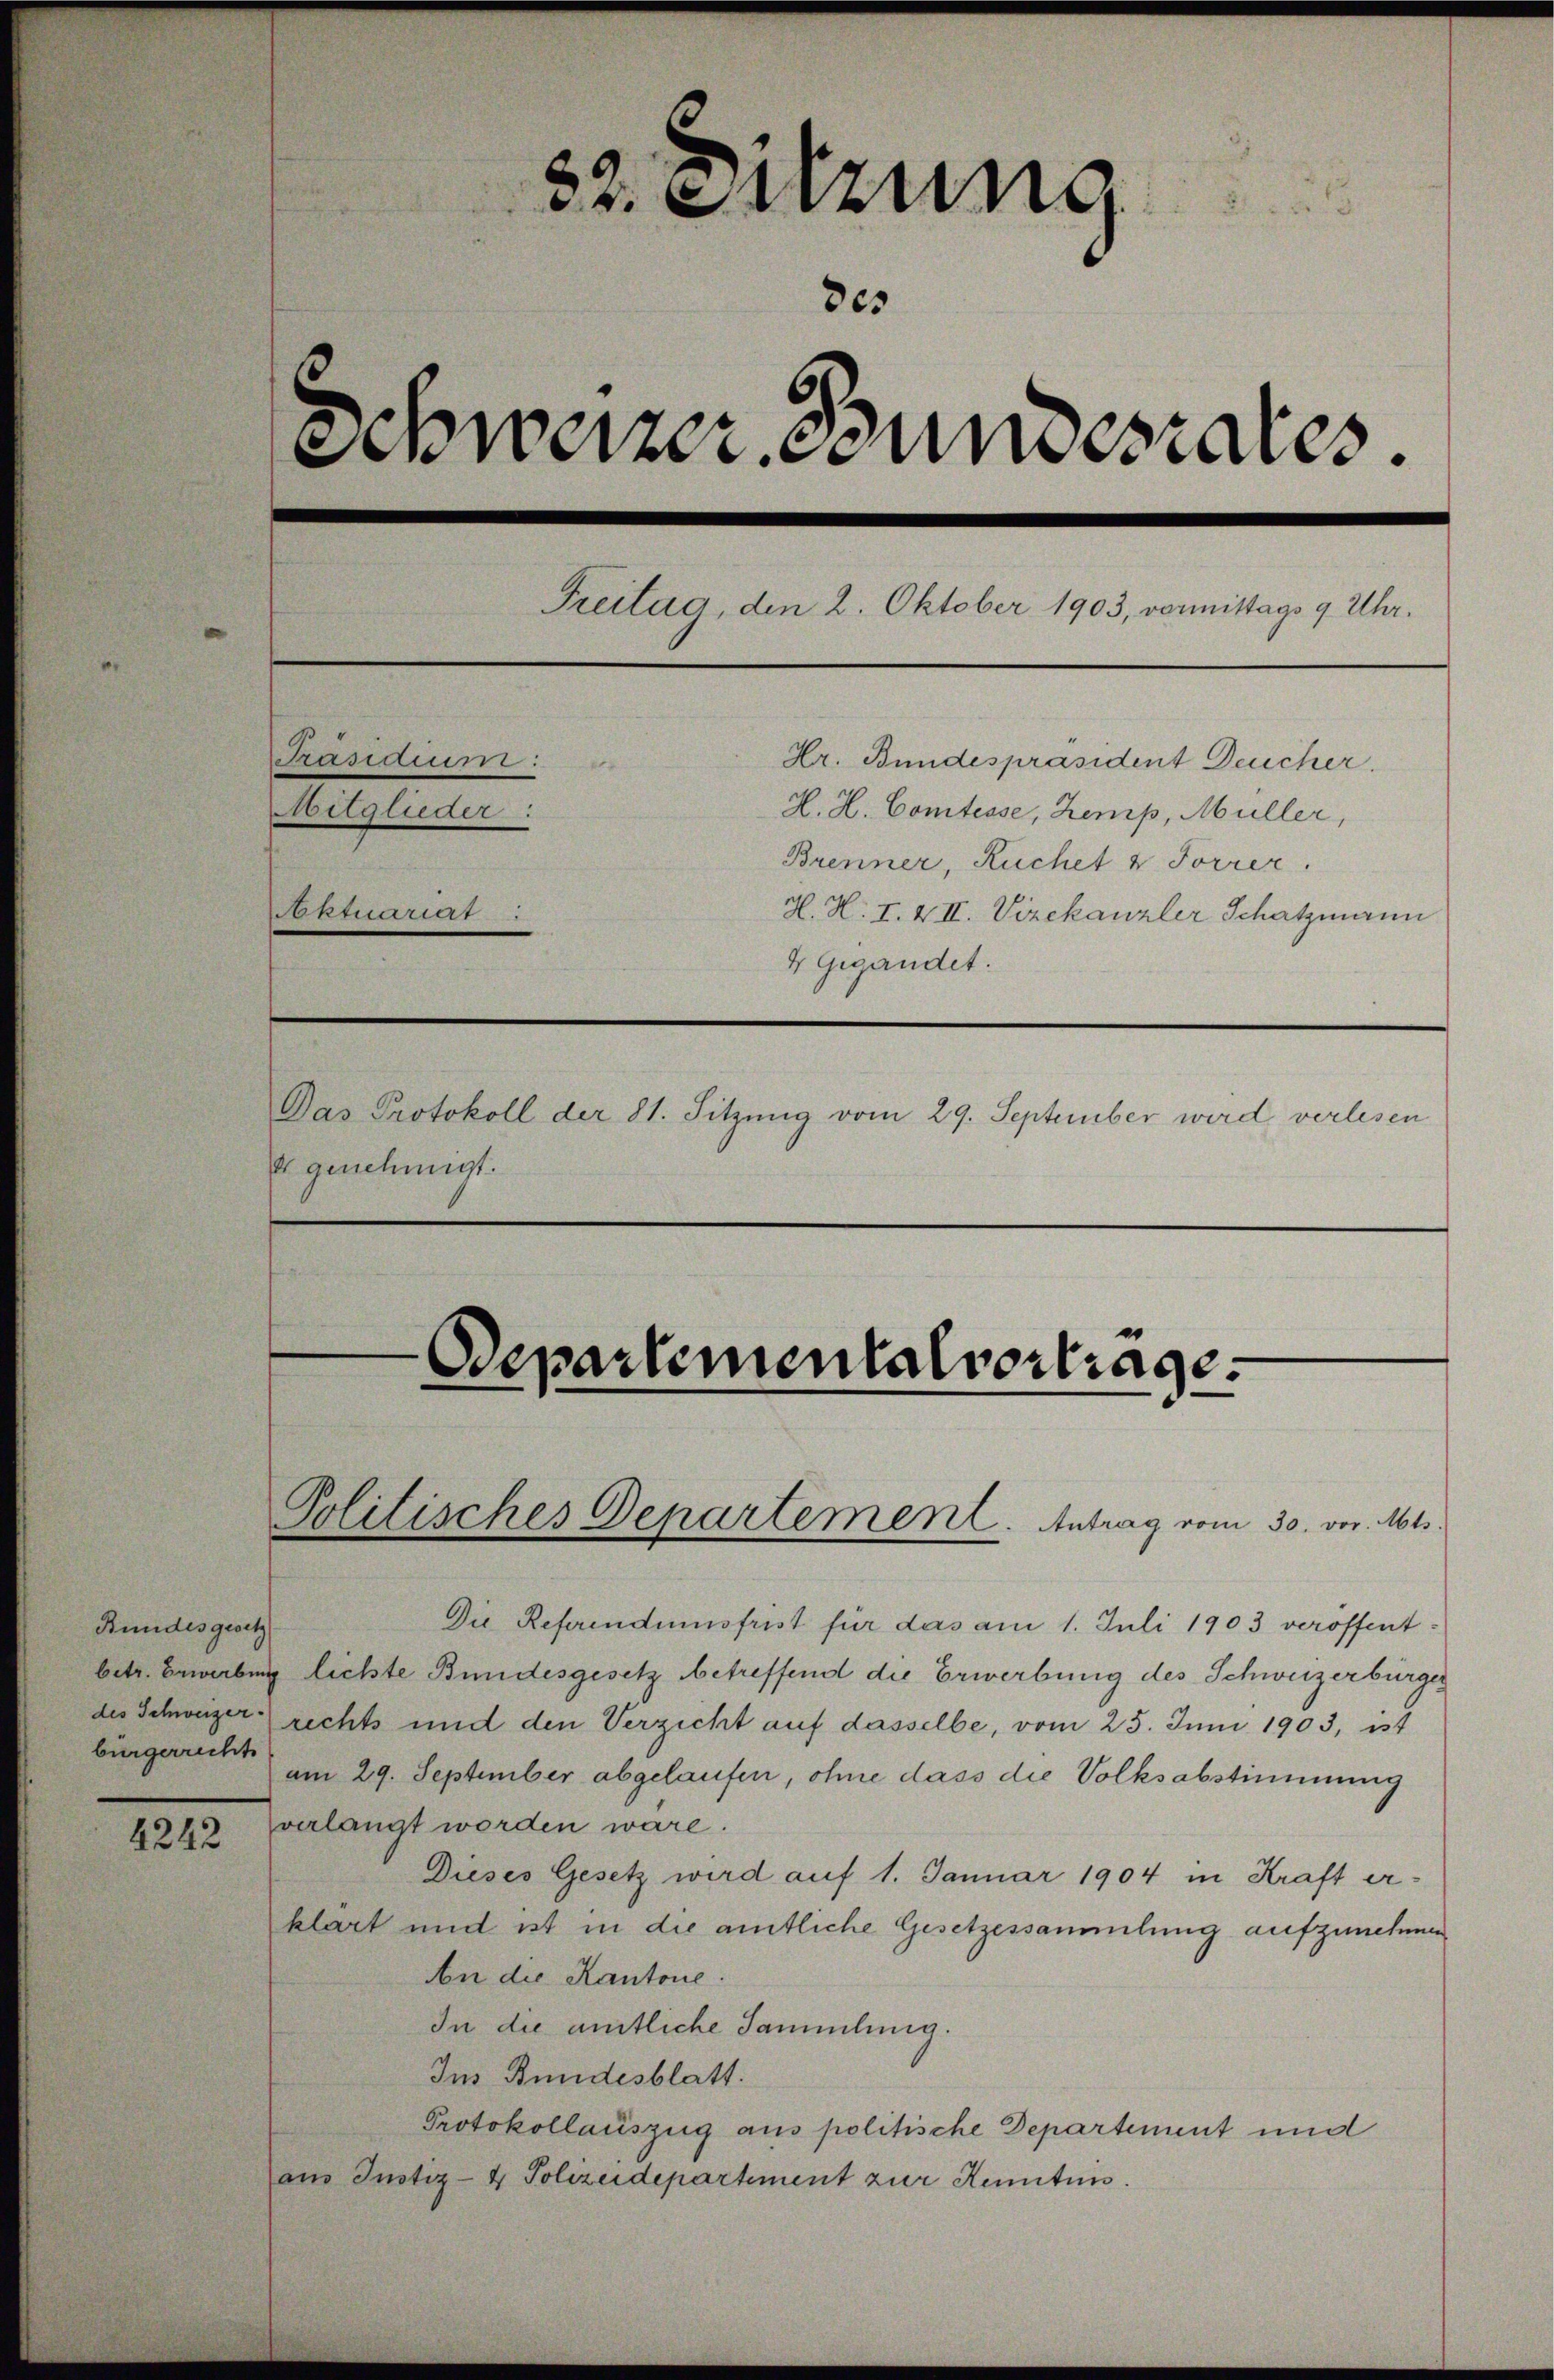
82. Sitzung
des
Schweizer. Bundesrates.
Freitag, den 2. Oktober 1903, vormittags 9 Uhr.
Präsidium: Hr. Bundespräsident Deucher.
Mitglieder: H. H. Comtesse, Zemp, Müller,
Brenner, Ruchet & Forrer.
Aktuariat: H. H. I. & II. Vizekanzler Schatzmann
& Gigandet.
Das Protokoll der 81. Sitzung vom 29. September wird verlesen
& genehmigt.
Departementalvorträge.
Politisches Departement. Antrag vom 30. vor. Mts.
Die Referendumsfrist für das am 1. Juli 1903 veröffent¬
lichte Bundesgesetz betreffend die Erwerbung des Schweizerbürger¬
rechts und den Verzicht auf dasselbe, vom 25. Juni 1903, ist
am 29. September abgelaufen, ohne dass die Volksabstimmung
verlangt worden wäre.
Dieses Gesetz wird auf 1. Januar 1904 in Kraft er¬
klärt und ist in die amtliche Gesetzessammlung aufzunehmen.
An die Kantone.
In die amtliche Sammlung.
Ins Bundesblatt.
Protokollauszug ans politische Departement und
ans Justiz- & Polizeidepartement zur Kenntnis.

Bundesgesetz
betr. Erwerbung
des Schweizer¬
bürgerrechts.
4242